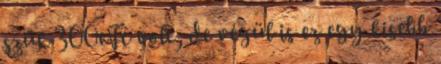
szűk 300eFt volt, de végül is ez egy kisebb